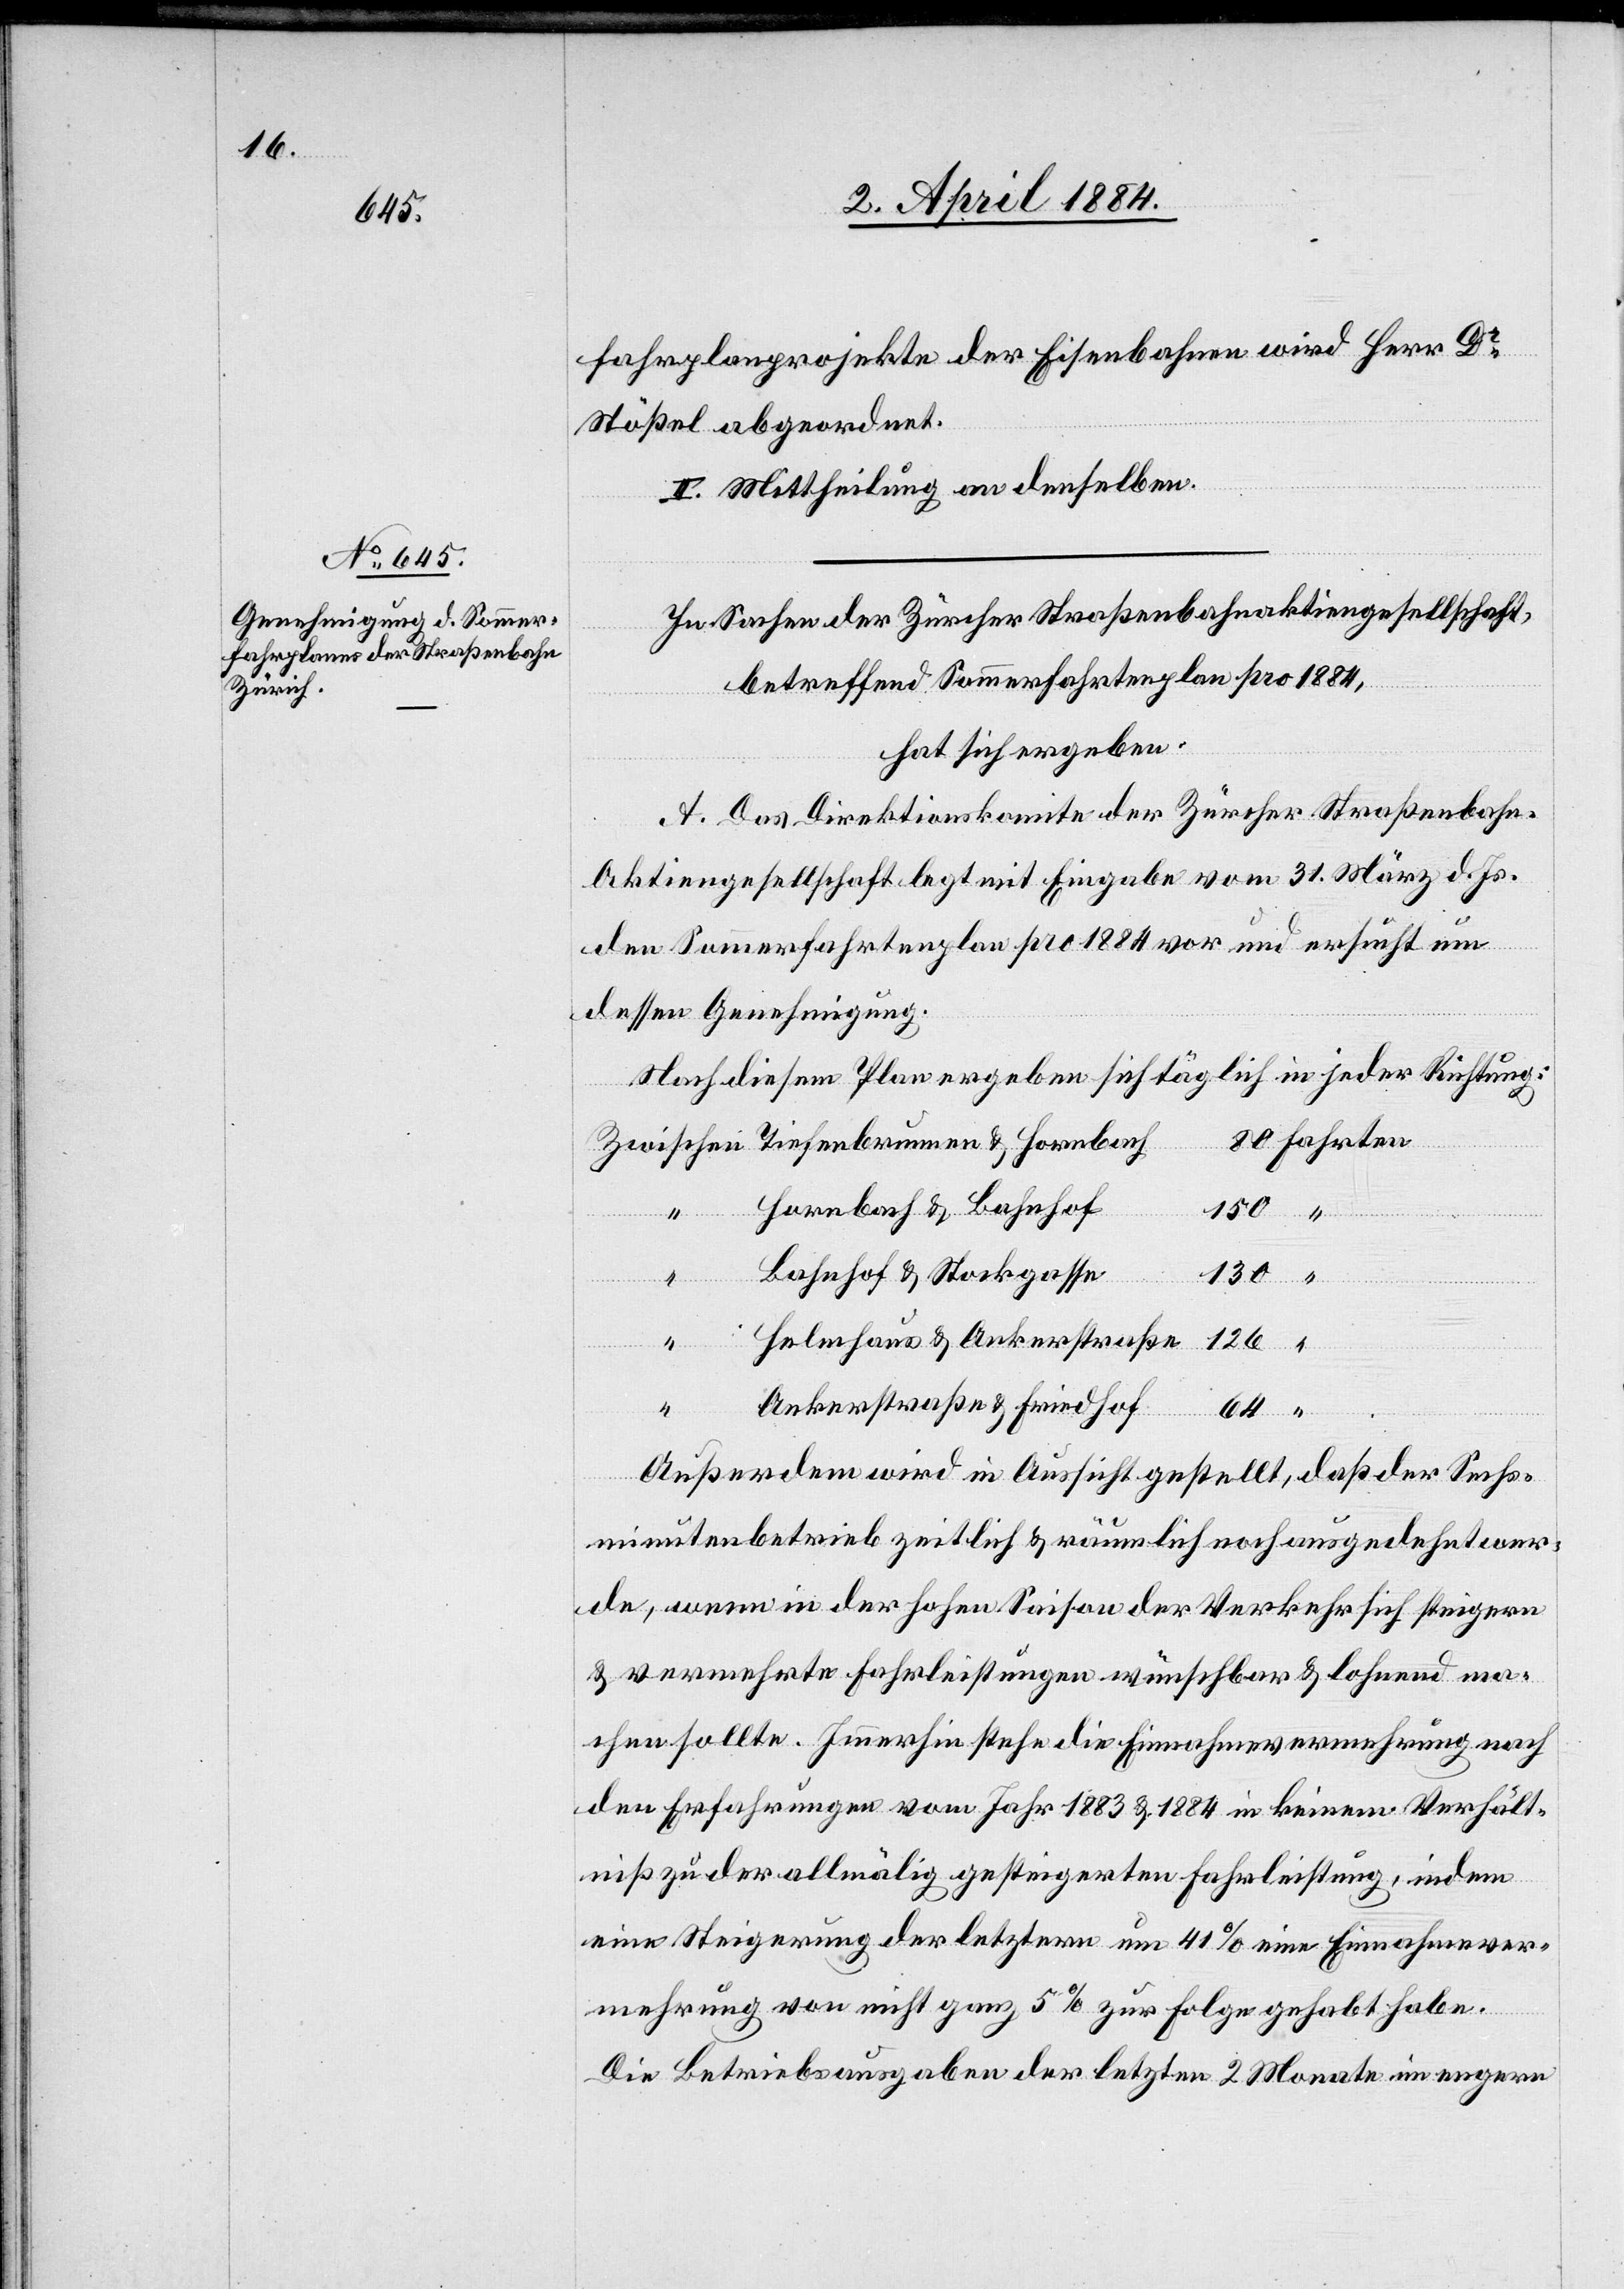
150

fahrplanprojekte der Eisenbahnen wird Herr Dr
Stößel abgeordnet.
II. Mittheilung an denselben.
In Sachen der Zürcher Straßenbahnaktiengesellschaft,
Fahrten
betreffend Sommerfahrplan pro 1884,
hat sich ergeben:
A. Das Direktionskomite der Zürcher Straßenbahn-A¬
ktiengesellschaft legt mit Eingabe vom 31. März d. Js.
den Sommerfahrplan pro 1884 vor und ersucht um
dessen Genehmigung.
Nach diesem Plan ergeben sich täglich in jeder Richtung:
“
Hornbach & Bahnhof
Bahnhof & Stockgasse
130
“
Tiefenbrunnen
Selenhaus & Ankerstraße
Ankerstraße & Friedhof
64
Außerdem wird in Aussicht gestellt, daß der Sechs¬
minutenbetrieb zeitlich & Räumlich noch ausgedehnt wer¬
de, wenn in der hohen Saison der Verkehr sich steigern
& vermehrte Fahrleistungen wünschbar & lohnend ma¬
chen sollte. Immerhin stehe die Einnahmeverrechnung nach
den Erfahrungen vom Jahr 1883 & 1884 in keinem Verhält¬
niß zu der allmälig gesteigerten Fahrleistung, indem
eine Steigerung der letztern um 41 % eine Einnahmever¬
mehrung von nicht ganz 5% zur Folge gehabt habe.
Die Betriebsausgaben der letzten 2 Monate im engern